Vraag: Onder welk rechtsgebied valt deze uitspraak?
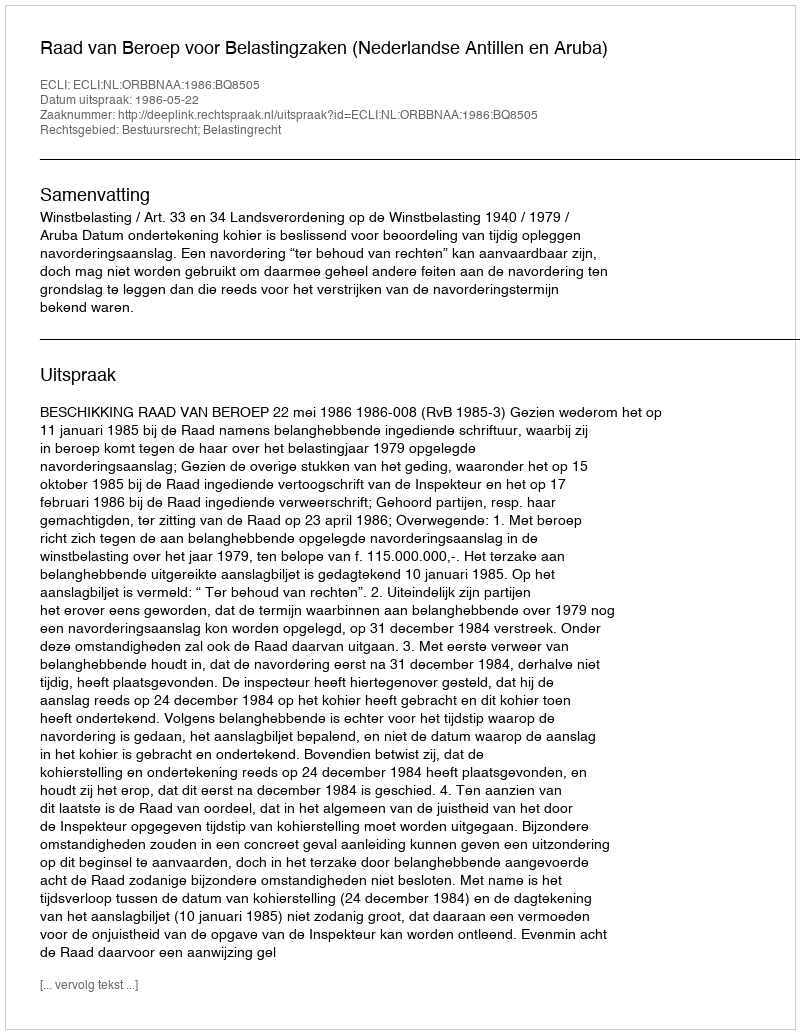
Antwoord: Bestuursrecht; Belastingrecht